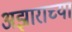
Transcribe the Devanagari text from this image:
अझाराच्या